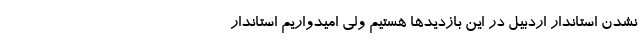
نشدن استاندار اردبیل در این بازدیدها هستیم ولی امیدواریم استاندار